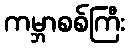
ကမ္ဘာစစ်ကြီး